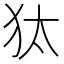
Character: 𤝁